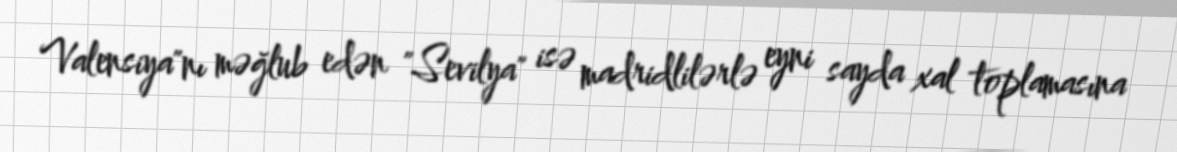
Valensiya"nı məğlub edən "Sevilya" isə madridlilərlə eyni sayda xal toplamasına